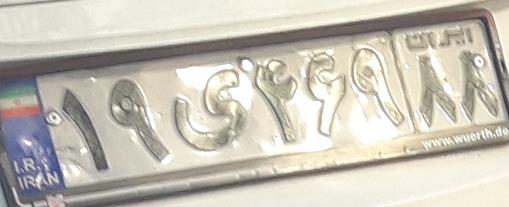
۱۹ی۴۶۹۸۸